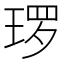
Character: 𭹜